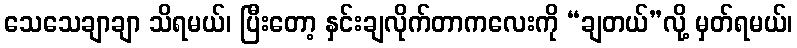
သေသေချာချာ သိရမယ်၊ ပြီးတော့ နှင်းချလိုက်တာကလေးကို “ချတယ်”လို့ မှတ်ရမယ်၊